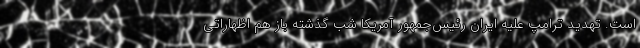
است. تهدید ترامپ علیه ایران رئیس‌جمهور آمریکا شب گذشته باز هم اظهاراتی